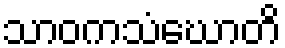
သာဝကသံဃောတိ